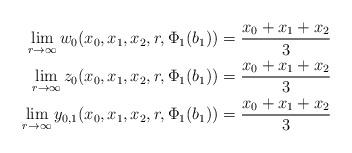
LaTeX: \begin{align*} \lim_{r\to \infty} w_{0}(x_{0},x_{1},x_{2},r,\Phi_{1}(b_{1})) &= \frac{x_{0}+x_{1}+x_{2}}{3} \\ \lim_{r\to \infty} z_{0}(x_{0},x_{1},x_{2},r,\Phi_{1}(b_{1})) &= \frac{x_{0}+x_{1}+x_{2}}{3} \\ \lim_{r\to \infty} y_{0,1}(x_{0},x_{1},x_{2},r,\Phi_{1}(b_{1})) &= \frac{x_{0}+x_{1}+x_{2}}{3}\end{align*}